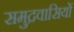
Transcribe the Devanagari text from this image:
समुद्रवासियों